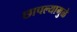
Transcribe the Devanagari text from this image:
छापल्यामुळे